Bréfritari: Sesselja Kristjánsdóttir
Viðtakandi: Jón Borgfirðingur
Dagsetning: A-1867-04-01
Skrifað á: Hvítárvöllum  Borg.

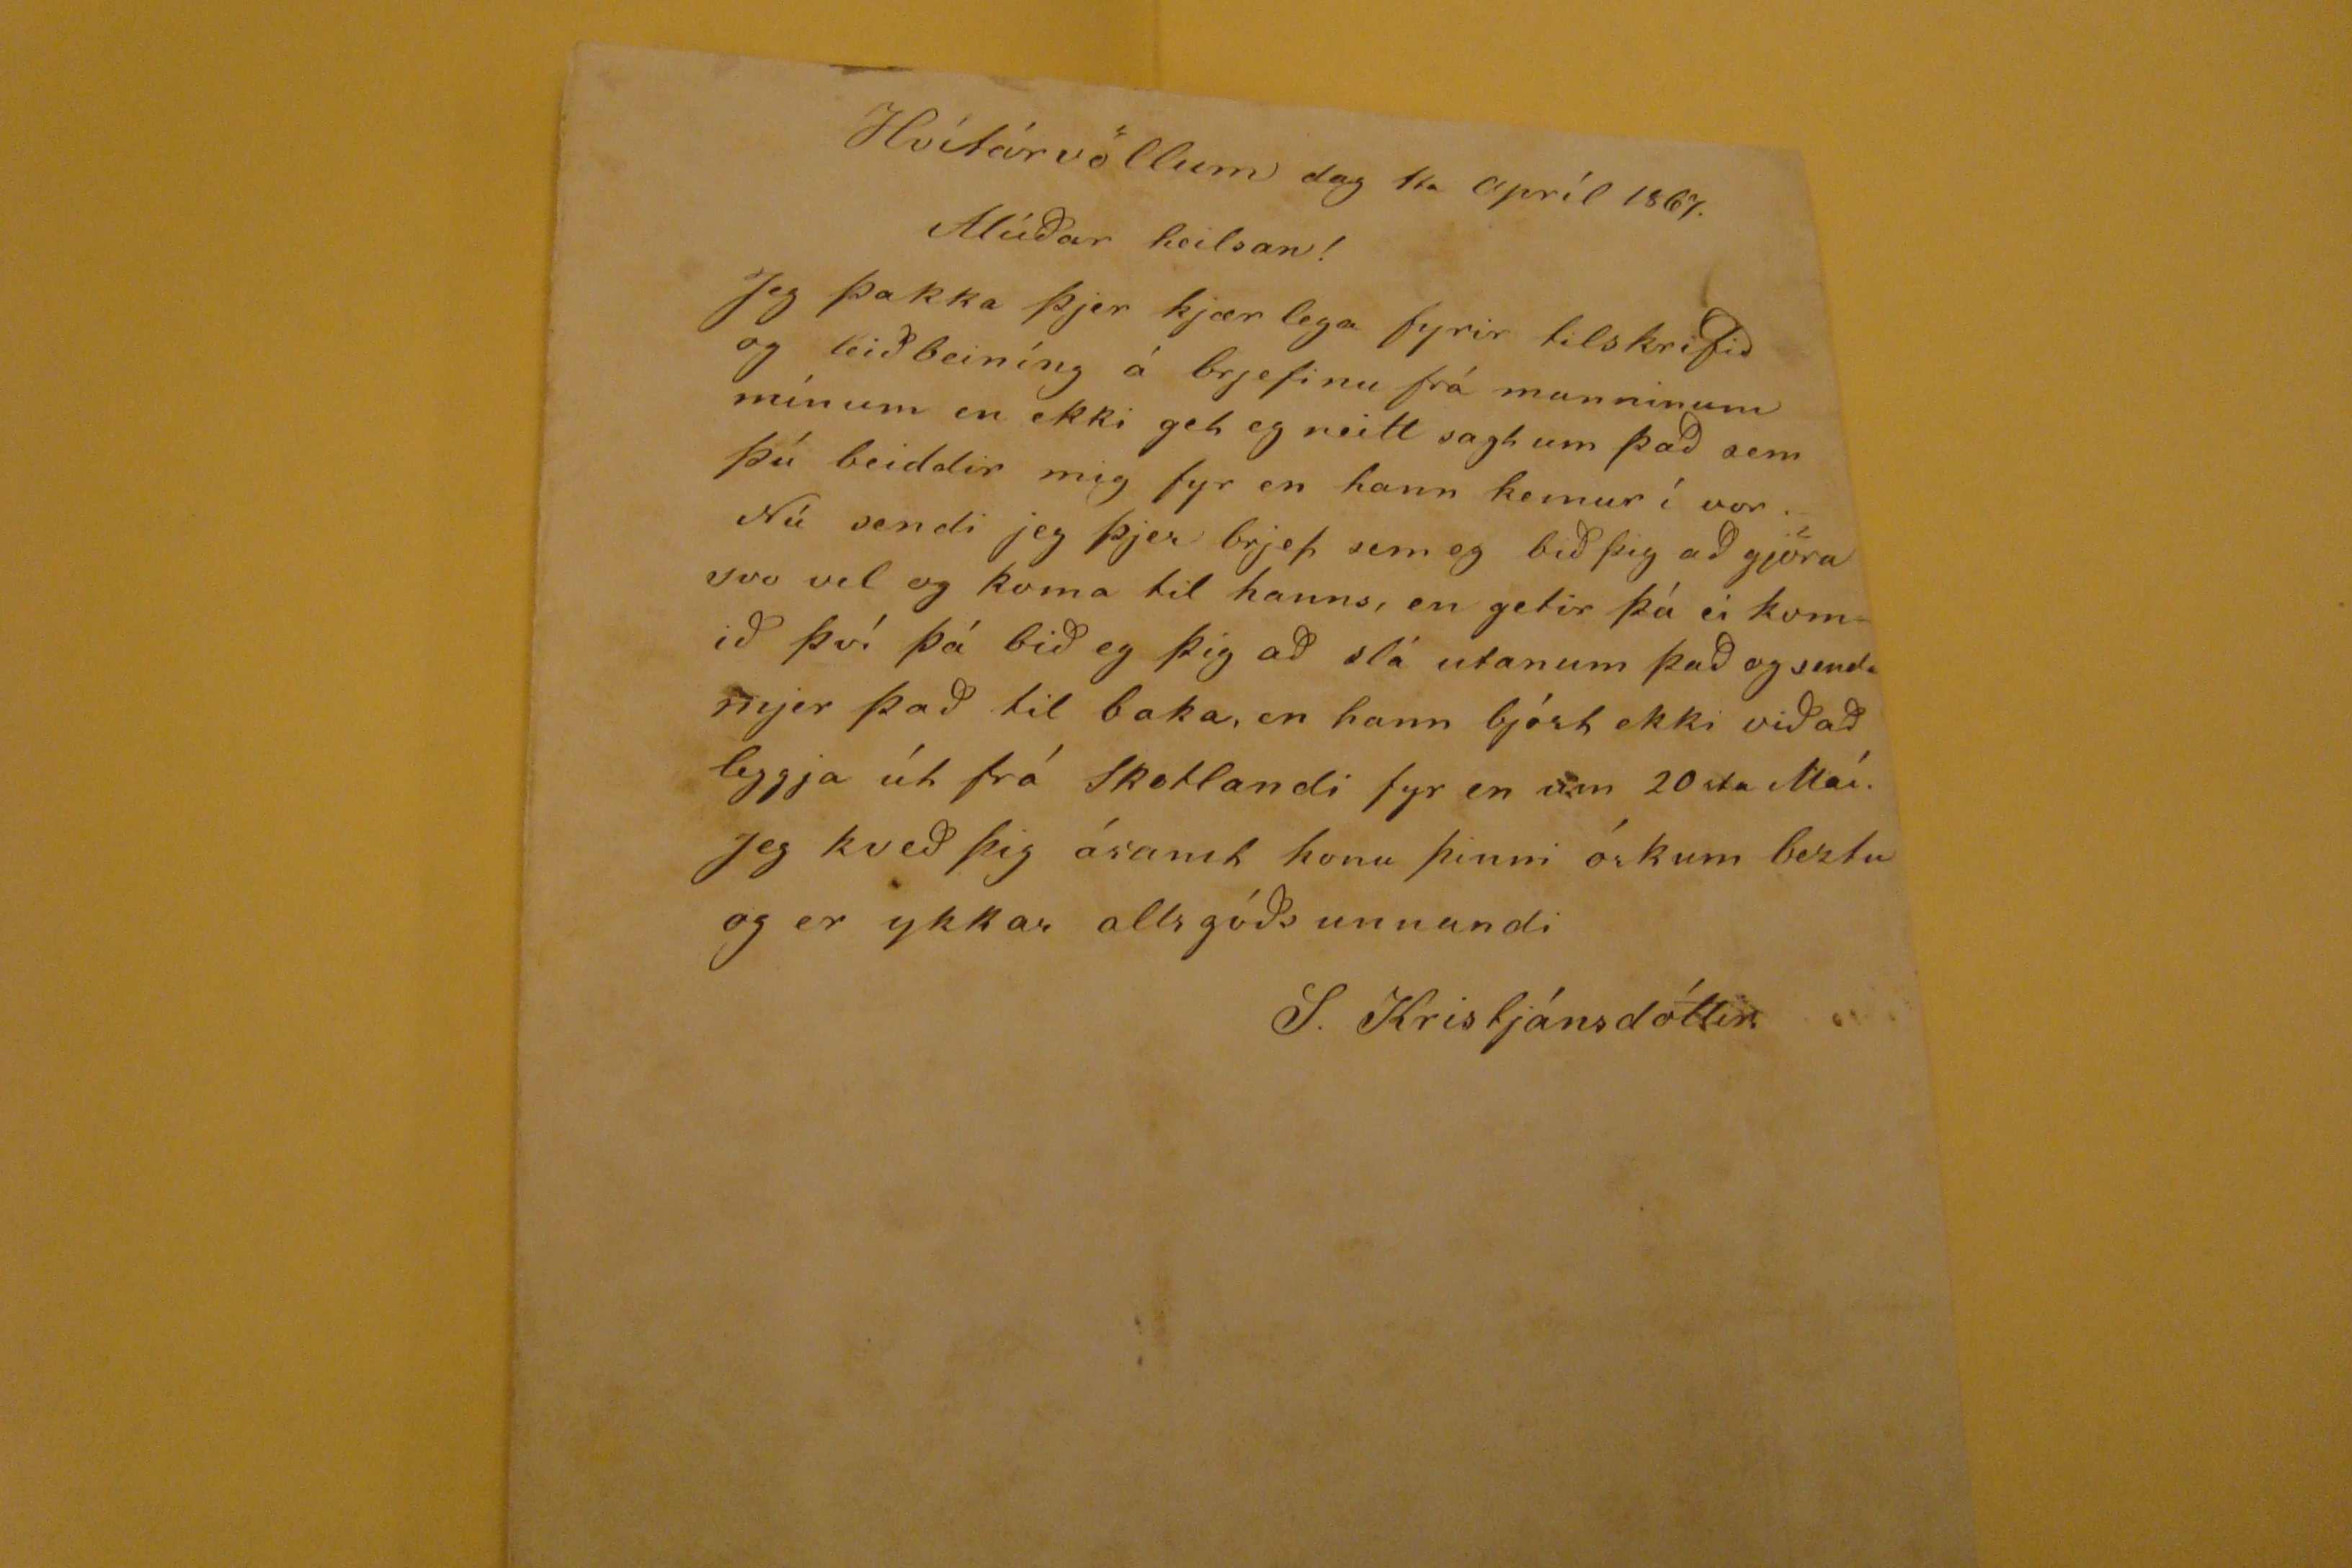

Hvítárvöllum dag 1
ta
apríl 1867.
Alúdar heilsan!
Jeg þakka þjer kjærlega fyrir tilskrifid og leidbeiníng á brjefinu frá manninum mínum en ekki get eg neitt sagt um þad sem þú beiddir mig fyr en hann kemur í vor. Nú sendi jeg þjer brjefi sem eg bid þig ad gjöra svo vel og koma til hanns, en getir þá ei komid því þá bid eg þig ad slá utanum þad og senda mjer þad til baka, en hann bjóst ekki vid ad leggja þút frá Skotlandi fyr en um 20
ta
Maí. jeg kved þig ásamt konu þinni óskum beztu og er ykkar alls góds unnandi.
S. Kristjánsdóttir